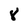
Character: 8